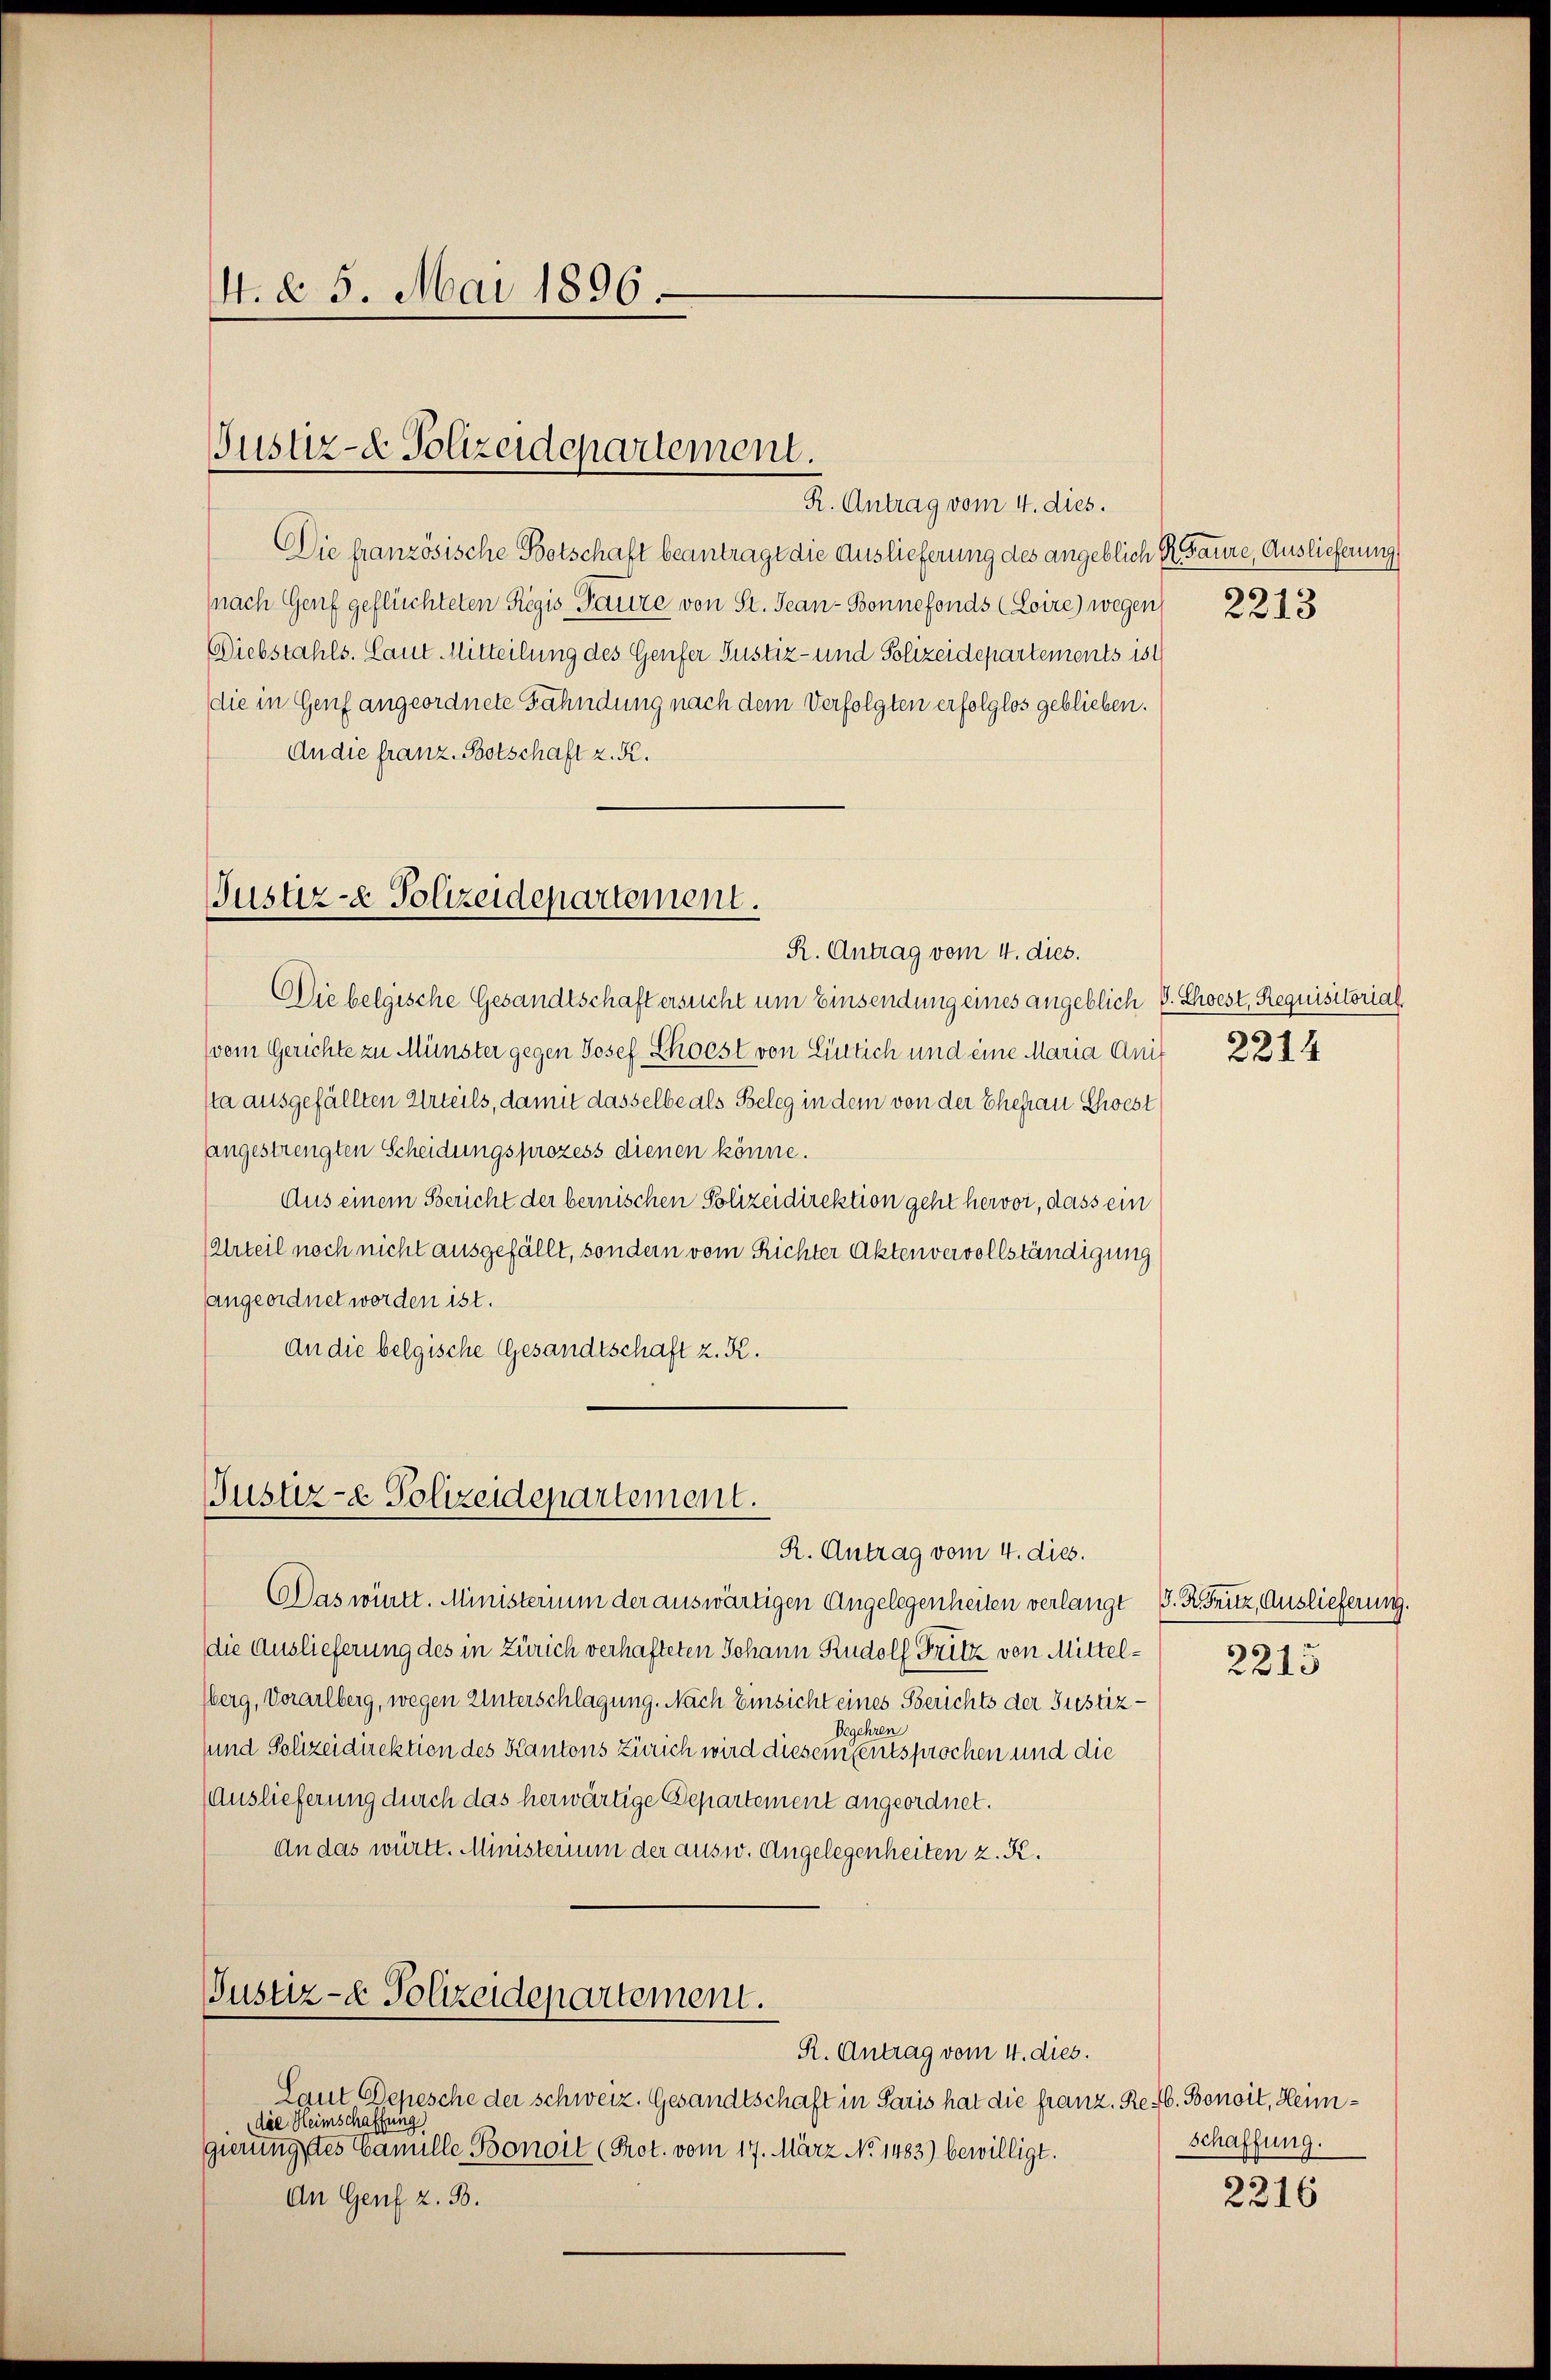
4. d. 5. Mai 1896.

Justiz- & Polizeidepartement.
R. Antrag vom 4. dies.

Die französische Botschaft beantragt die Auslieferung des angeblich K. Baure, Auslieferung
(nach Genf geflüchteten Regis Paure von St. Jean-Bonnefonds (Loire) wegen
Diebstahls. Caut Mitteilung des Genfer Justiz- und Polizeidepartements ist
die in Genf angeordnete Fähndung nach dem Verfolgten erfolglos geblieben.
An die franz. Botschaft z. R.

Justiz- & Polizeidepartement.
R. Antrag vom 4. dies.

Justiz- Polizeidepartement.

Die belgische Gesandtschaft ersucht um Einsendung eines angeblich P. Choest, Requisitorial
(vom Gerichte zu Münster gegen Josef Shoest von Einlich und eine Maria Ani
sta ausgefällten Urteils, damit dasselbe als Beleg in dem von der Ehefrau Choest
sangestrengten Scheidungsprozess dienen könne.
Aus einem Bericht der bernischen Polizeidirektion geht hervor, dass ein
Urteil noch nicht ausgefällt, sondern vom Richter Aktenvervollständigung
angeordnet worden ist.
an die belgische Gesandtschaft z. K.

Justiz- & Polizeidepartement.

R. Antrag vom 4. dies.
Laut Depesche der schweiz. Gesandtschaft in Paris hat die franz. Re 4. Bonoit, Heimdie Heimschaffung
gierungstes Camille Bonoit (Prot. vom 17. März No. 1483) bewilligt.
An Genf z. B.

R. Antrag vom 4. dies.
Das württ. Ministerium der auswärtigen Angelegenheiten verlangt
die Auslieferung des in Zürich verhafteten Johann Rudolf Fritz von Mittelberg, Vorarlberg, wegen Unterschlagung. Nach Einsicht eines Berichts der Justiz¬
Begehren
und Polizeidirektion des Kantons Zürich wird diesem entsprochen und die
Auslieferung durch das herwärtige Departement angeordnet.
An das württ. Ministerium der ausw. Angelegenheiten z. K.

2213

2214

V. R. Gritz, Auslieferung.
2215

schaffung.

2216